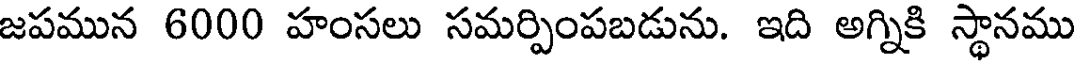
జపమున 6000 హంసలు సమర్పింపబడును. ఇది అగ్నికి స్థానము